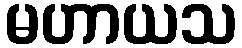
မဟာယသ